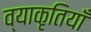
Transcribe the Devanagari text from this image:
व्याकृतियाँ